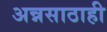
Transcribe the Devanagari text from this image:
अन्नसाठाही